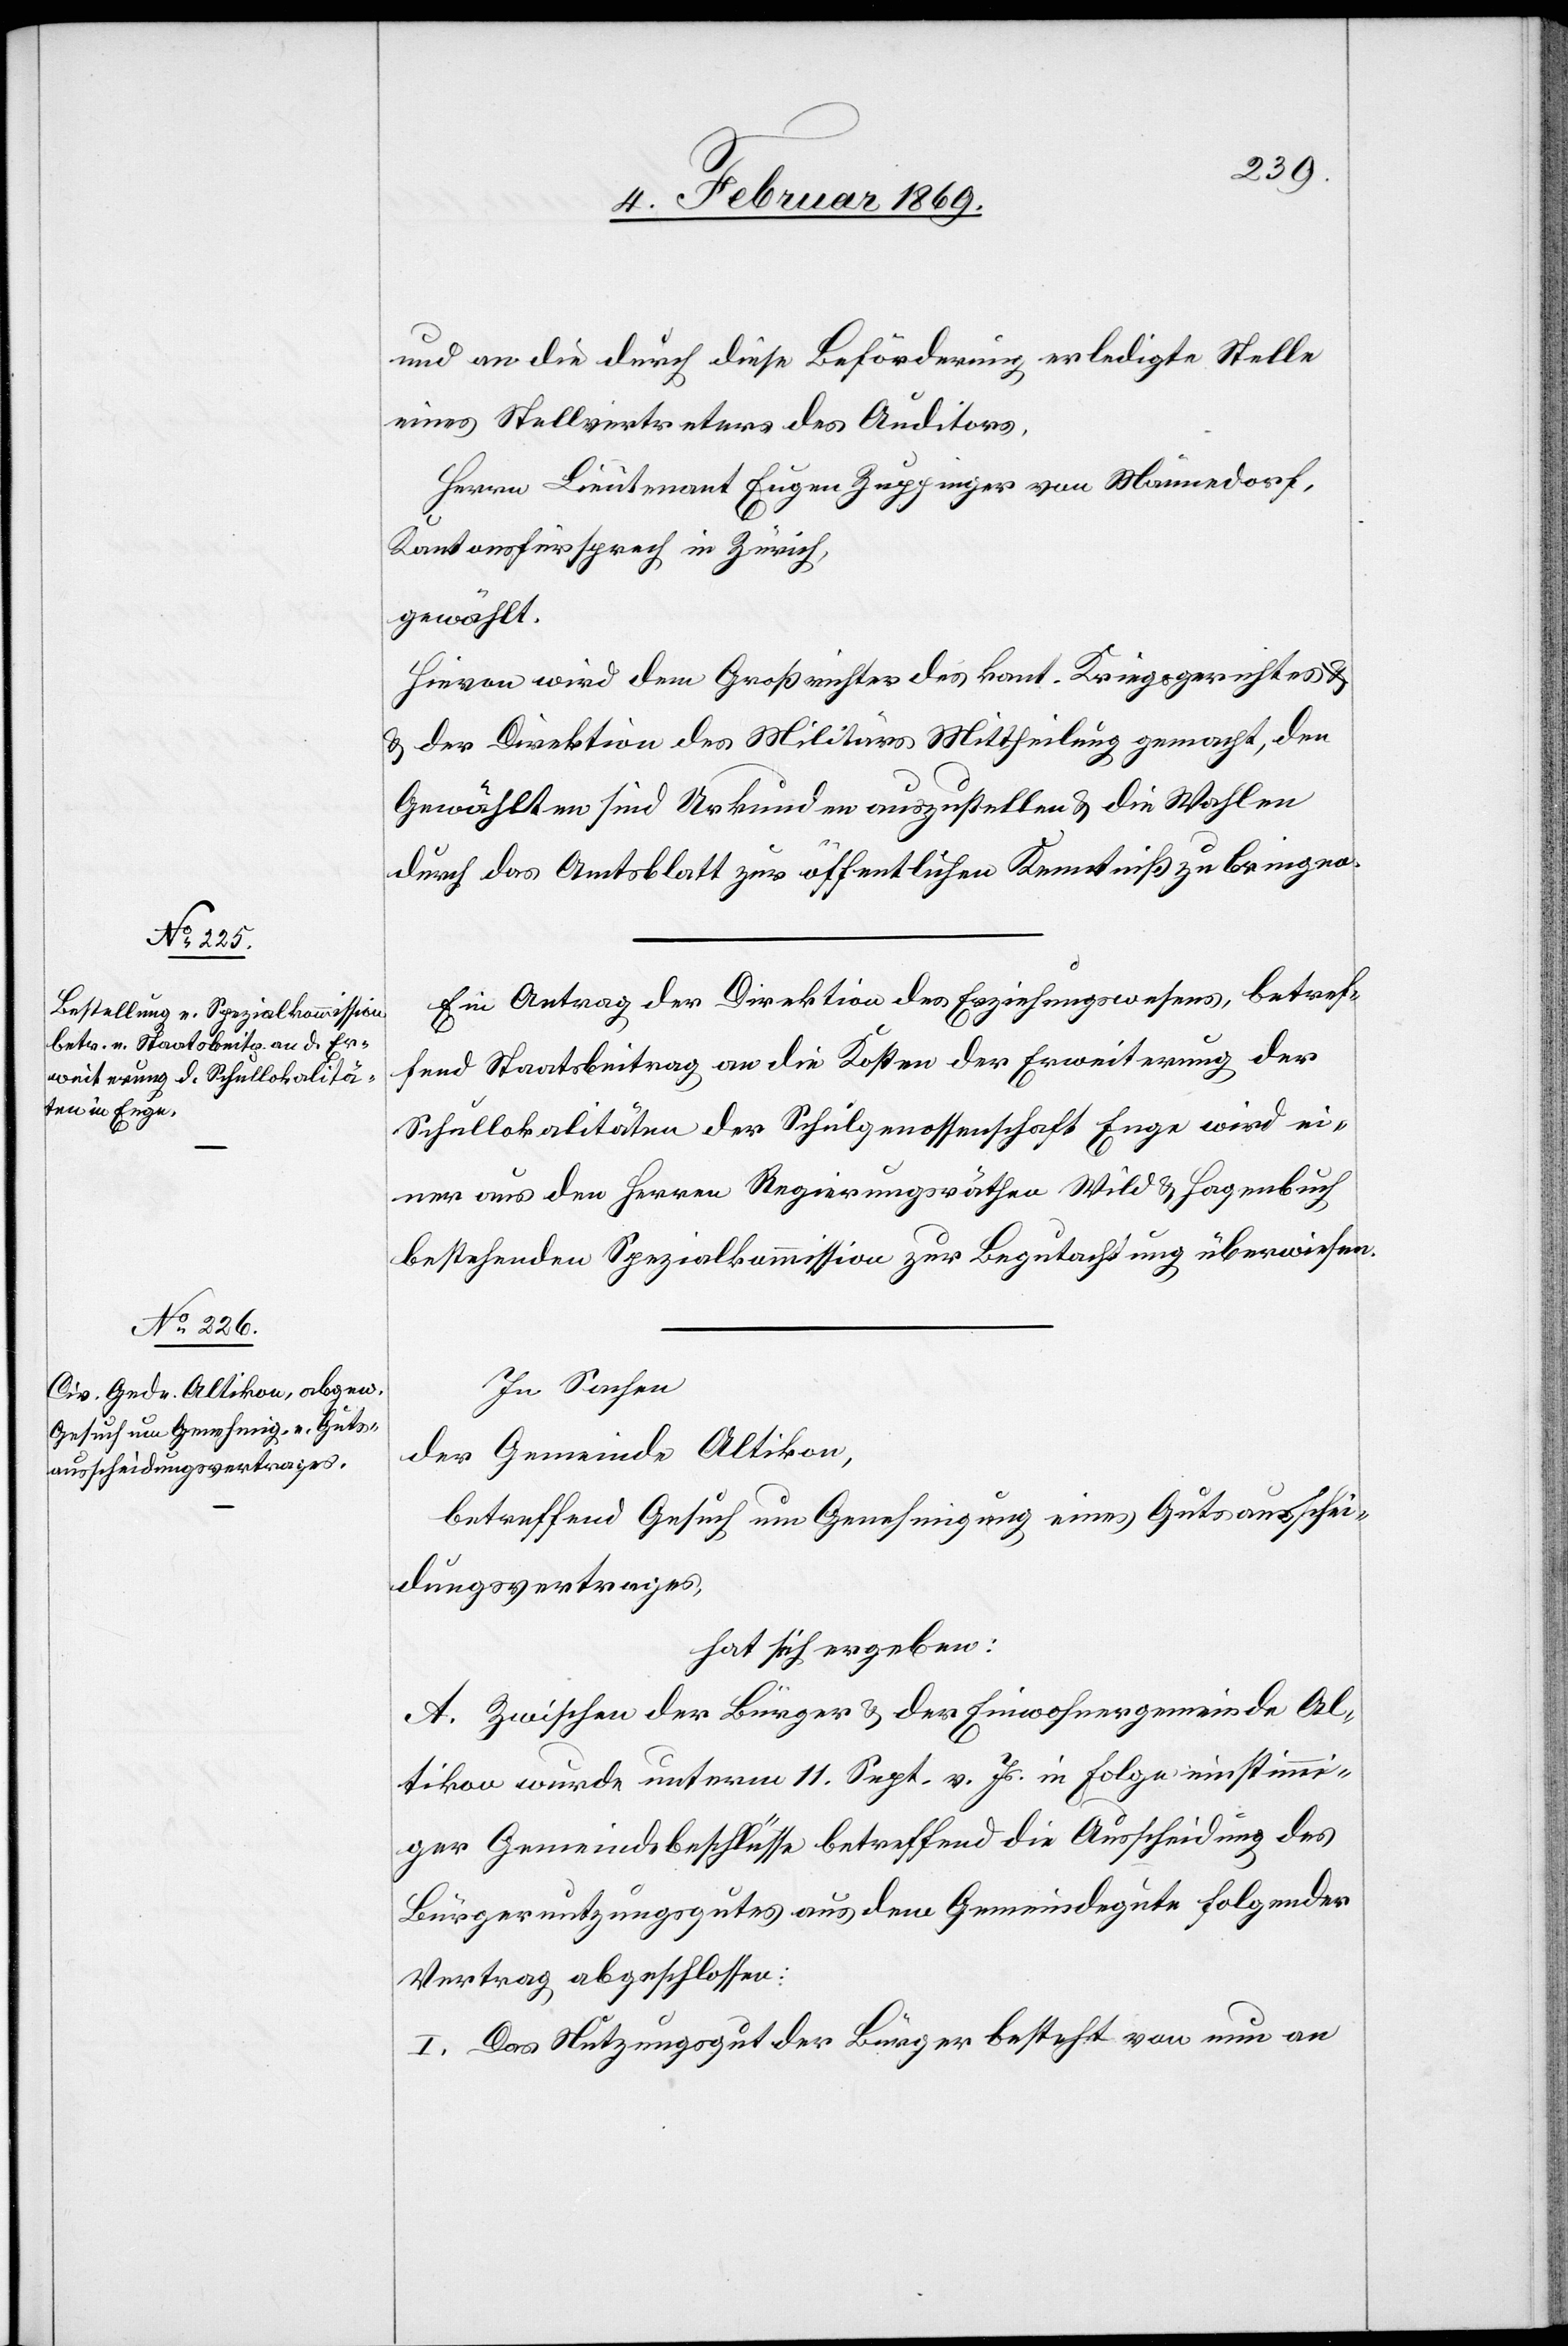
und an die durch diese Beförderung erledigte Stelle
eines Stellvertreters des Auditors,
Herrn Lieutnant [sic!] Eugen Zuppinger von Männedorf,
Kantonsfürsprech in Zürich,
gewählt.
Hievon wird dem Großrichter des kant. Kriegsgerichtes
u. der Direktion des Militärs Mittheilung gemacht, dem
Gewählten sind Urkunden auszustellen u. die Wahlen
durch das Amtsblatt zur öffentlichen Kenntniß zu bringen.
Ein Antrag der Direktion des Erziehungswesens, betref¬
fend Staatsbeitrag an die Kosten der Erweiterung der
Schullokalitäten der Schulgenossenschaft Enge wird ei¬
ner aus den Herrn Regierungsräthen Wild u. Hagenbuch
bestehenden Spezialkommission zur Begutachtung überwiesen.
In Sachen
der Gemeinde Altikon,
betreffend Gesuch um Genehmigung eines Gutsausschei¬
dungsvertrages,
hat sich ergeben:
A. Zwischen der Bürger[-] & der Einwohnergemeinde Al¬
tikon wurde unterm 11. Sept. v. Js. in Folge einstimmi¬
ger Gemeindsbeschlüsse betreffend die Ausscheidung des
Bürgernutzungsgutes aus dem Gemeindegute folgender
Vertrag abgeschlossen:
I. Das Nutzungsgut der Bürger besteht von nun an